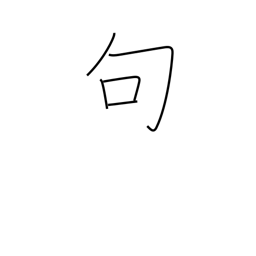
Meaning: phrase